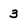
Character: 3